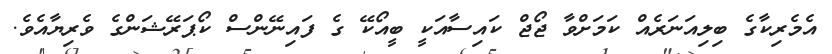
އެމެރިކާގެ ބިލިއަނަރެއް ކަމަށްވާ ޖޯޖް ކައިސާއަކީ ބީއޯކޭ ގެ ފައިނޭންސް ކޯޕަރޭޝަންގެ ވެރިޔާއެވެ.